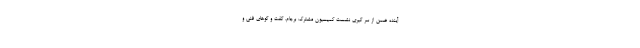
آینده ضمن از سر گیری نشست کمیسیون مشترک برجام، گفت و گوهای فنی و